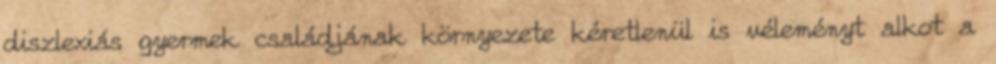
diszlexiás gyermek családjának környezete kéretlenül is véleményt alkot a